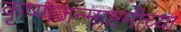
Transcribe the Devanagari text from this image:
कृष्णजन्माष्टमीच्या